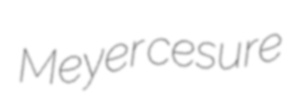
Meyer cesure